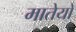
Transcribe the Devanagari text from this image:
मातेयो